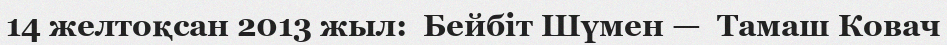
14 желтоқсан 2013 жыл:  Бейбіт Шүмен —  Тамаш Ковач